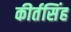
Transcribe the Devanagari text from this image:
कीर्तसिंह